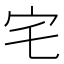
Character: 宅